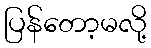
ပြန်တော့မလို့